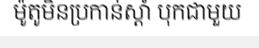
ម៉ូតូមិនប្រកាន់ស្តាំ បុកជាមួយ